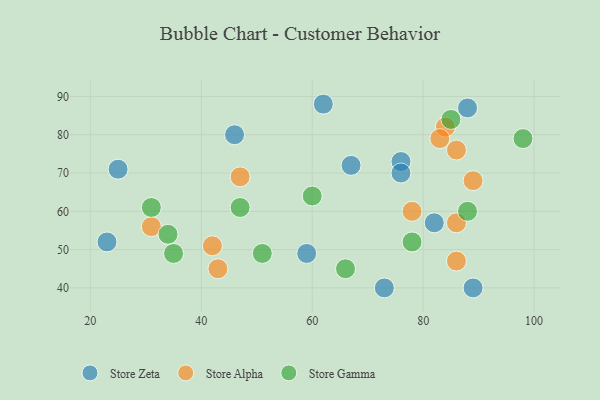
{"axis": {"x": "GDP", "y": "Life Expectancy"}, "legend": ["Store Alpha", "Store Gamma", "Store Zeta"], "data": [{"x": "88", "y": 87, "type": "Store Zeta"}, {"x": "62", "y": 88, "type": "Store Zeta"}, {"x": "89", "y": 40, "type": "Store Zeta"}, {"x": "59", "y": 49, "type": "Store Zeta"}, {"x": "73", "y": 40, "type": "Store Zeta"}, {"x": "82", "y": 57, "type": "Store Zeta"}, {"x": "25", "y": 71, "type": "Store Zeta"}, {"x": "76", "y": 73, "type": "Store Zeta"}, {"x": "67", "y": 72, "type": "Store Zeta"}, {"x": "46", "y": 80, "type": "Store Zeta"}, {"x": "76", "y": 70, "type": "Store Zeta"}, {"x": "23", "y": 52, "type": "Store Zeta"}, {"x": "47", "y": 69, "type": "Store Alpha"}, {"x": "42", "y": 51, "type": "Store Alpha"}, {"x": "86", "y": 76, "type": "Store Alpha"}, {"x": "78", "y": 60, "type": "Store Alpha"}, {"x": "43", "y": 45, "type": "Store Alpha"}, {"x": "31", "y": 56, "type": "Store Alpha"}, {"x": "86", "y": 57, "type": "Store Alpha"}, {"x": "84", "y": 82, "type": "Store Alpha"}, {"x": "83", "y": 79, "type": "Store Alpha"}, {"x": "86", "y": 47, "type": "Store Alpha"}, {"x": "89", "y": 68, "type": "Store Alpha"}, {"x": "35", "y": 49, "type": "Store Gamma"}, {"x": "34", "y": 54, "type": "Store Gamma"}, {"x": "88", "y": 60, "type": "Store Gamma"}, {"x": "47", "y": 61, "type": "Store Gamma"}, {"x": "51", "y": 49, "type": "Store Gamma"}, {"x": "78", "y": 52, "type": "Store Gamma"}, {"x": "98", "y": 79, "type": "Store Gamma"}, {"x": "66", "y": 45, "type": "Store Gamma"}, {"x": "60", "y": 64, "type": "Store Gamma"}, {"x": "31", "y": 61, "type": "Store Gamma"}, {"x": "85", "y": 84, "type": "Store Gamma"}]}